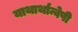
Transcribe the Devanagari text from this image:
याथार्थान्वेषी